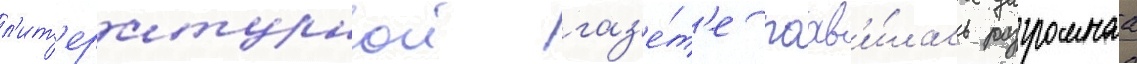
л'ит'ературнои газ'е́т'е поав'и́лась разгромнаа